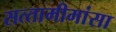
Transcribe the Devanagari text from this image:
सत्‍तामीमांसा